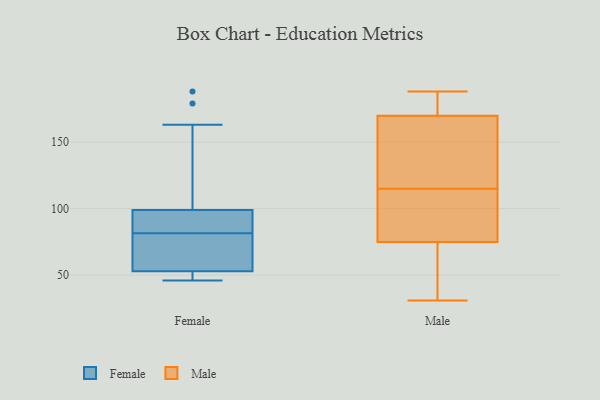
{"axis": {"x": "Satisfaction Score", "y": "Value"}, "legend": ["Female", "Male"], "data": [{"x": "", "y": 52, "type": "Female"}, {"x": "", "y": 93, "type": "Female"}, {"x": "", "y": 188, "type": "Female"}, {"x": "", "y": 91, "type": "Female"}, {"x": "", "y": 163, "type": "Female"}, {"x": "", "y": 49, "type": "Female"}, {"x": "", "y": 83, "type": "Female"}, {"x": "", "y": 104, "type": "Female"}, {"x": "", "y": 94, "type": "Female"}, {"x": "", "y": 80, "type": "Female"}, {"x": "", "y": 51, "type": "Female"}, {"x": "", "y": 94, "type": "Female"}, {"x": "", "y": 54, "type": "Female"}, {"x": "", "y": 105, "type": "Female"}, {"x": "", "y": 58, "type": "Female"}, {"x": "", "y": 50, "type": "Female"}, {"x": "", "y": 75, "type": "Female"}, {"x": "", "y": 179, "type": "Female"}, {"x": "", "y": 46, "type": "Female"}, {"x": "", "y": 77, "type": "Female"}, {"x": "", "y": 93, "type": "Male"}, {"x": "", "y": 188, "type": "Male"}, {"x": "", "y": 104, "type": "Male"}, {"x": "", "y": 181, "type": "Male"}, {"x": "", "y": 136, "type": "Male"}, {"x": "", "y": 60, "type": "Male"}, {"x": "", "y": 128, "type": "Male"}, {"x": "", "y": 184, "type": "Male"}, {"x": "", "y": 31, "type": "Male"}, {"x": "", "y": 69, "type": "Male"}, {"x": "", "y": 115, "type": "Male"}]}